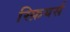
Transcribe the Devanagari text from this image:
स्फ़ियर्स